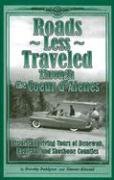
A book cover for Roads Less Traveled Through the Coeur D'Alenes: Historical Driving Tours of Benewah, Kootenai and Shoshone Counties; Dorothy Dahlgren; Travel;